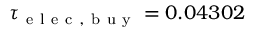
\tau _ { \mathrm { ~ e ~ l ~ e ~ c ~ , ~ b ~ u ~ y ~ } } = 0 . 0 4 3 0 2